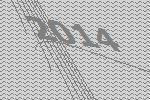
2014